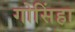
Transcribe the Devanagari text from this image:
गोसिंहा